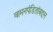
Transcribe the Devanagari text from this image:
वामनपंडितांबद्दल